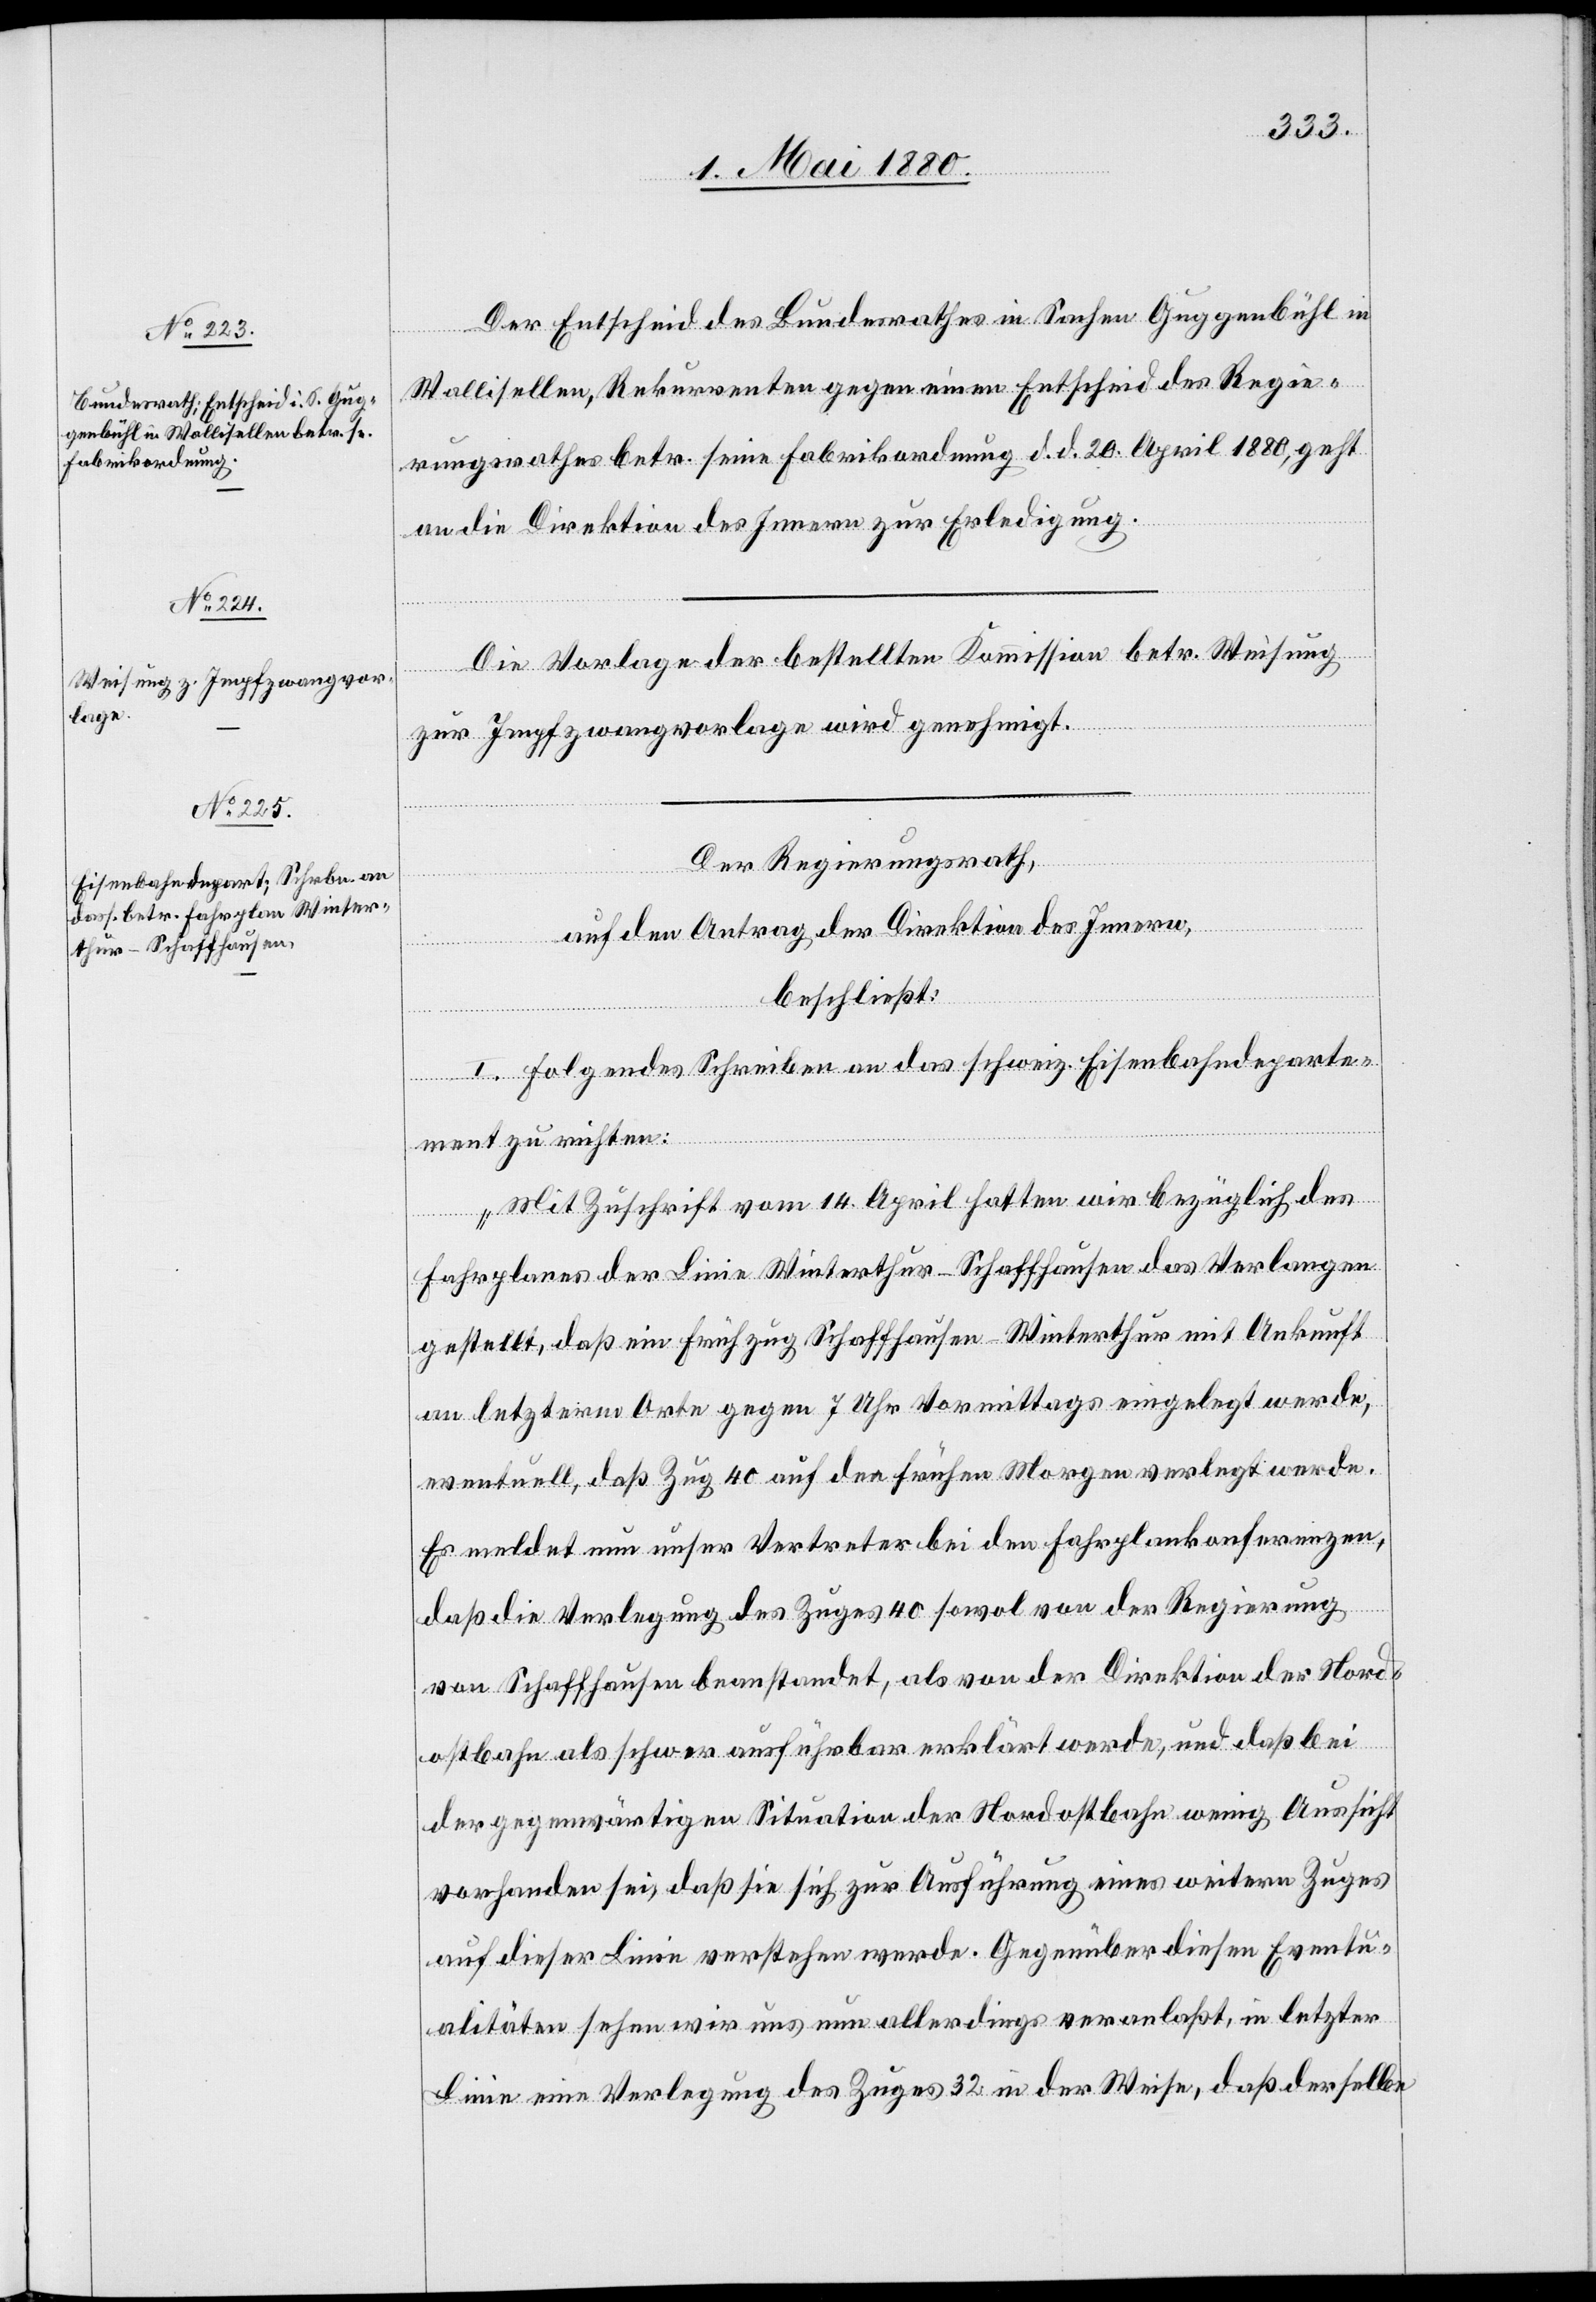
Der Entscheid des Bundesrathes in Sachen Guggenbühl in
Wallisellen, Rekurrenten gegen einen Entscheid des Regie¬
rungsrathes betr. seine Fabrikordnung d. d. 20. April 1880, geht
an die Direktion des Innern zur Erledigung.
Die Vorlage der bestellten Kommission betr. Weisung
zur Impfzwangvorlage wird genehmigt.
Der Regierungsrath,
auf den Antrag der Direktion des Innern,
beschließt:
I. Folgendes Schreiben an das schweiz. Eisenbahndeparte¬
ment zu richten:
„Mit Zuschrift vom 14. April hatten wir bezüglich des
Fahrplanes der Linie Winterthur–Schaffhausen das Verlangen
gestellt, daß ein Frühzug Schaffhausen–Winterthur mit Ankunft
an letzterm Orte gegen 7 Uhr Vormittags eingelegt werde,
eventuell, daß Zug 40 auf den frühen Morgen verlegt werde.
Es meldet nun unser Vertreter bei den Fahrplankonferenzen,
daß die Verlegung des Zuges 40 sowol von der Regierung
von Schaffhausen beanstandet, als von der Direktion der Nord¬
ostbahn als schwer ausführbar erklärt werde, und daß bei
der gegenwärtigen Situation der Nordostbahn wenig Aussicht
vorhanden sei, daß sie sich zur Ausführung eines weitern Zuges
auf dieser Linie verstehen werde. Gegenüber diesen Eventu¬
alitäten sehen wir uns nun allerdings veranlaßt, in letzter
Linie eine Verlegung des Zuges 32 in der Weise, daß derselbe